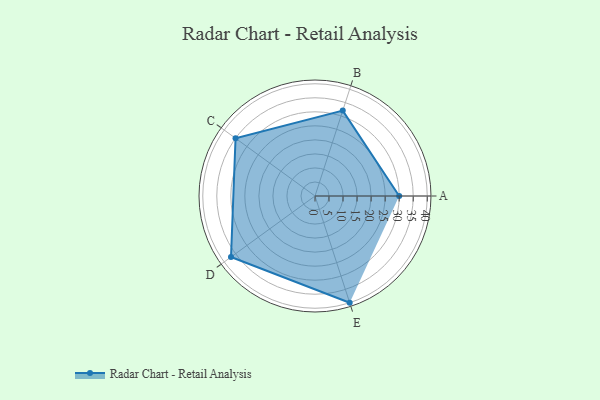
{"axis": {"x": "Skill", "y": "Score"}, "legend": ["Profile"], "data": [{"x": "A", "y": 30.0, "type": "Profile"}, {"x": "B", "y": 32.0, "type": "Profile"}, {"x": "C", "y": 35.0, "type": "Profile"}, {"x": "D", "y": 37.0, "type": "Profile"}, {"x": "E", "y": 40.0, "type": "Profile"}]}